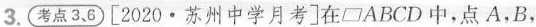
3.(考点3、6)[2020·苏州中学月考]在▱ABCD中，点A，B，